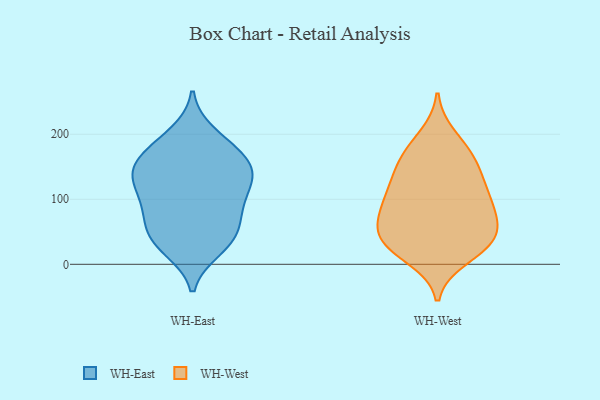
{"axis": {"x": "Humidity (%)", "y": "Value"}, "legend": ["WH-East", "WH-West"], "data": [{"x": "", "y": 86, "type": "WH-East"}, {"x": "", "y": 99, "type": "WH-East"}, {"x": "", "y": 43, "type": "WH-East"}, {"x": "", "y": 68, "type": "WH-East"}, {"x": "", "y": 167, "type": "WH-East"}, {"x": "", "y": 200, "type": "WH-East"}, {"x": "", "y": 37, "type": "WH-East"}, {"x": "", "y": 72, "type": "WH-East"}, {"x": "", "y": 24, "type": "WH-East"}, {"x": "", "y": 141, "type": "WH-East"}, {"x": "", "y": 131, "type": "WH-East"}, {"x": "", "y": 33, "type": "WH-East"}, {"x": "", "y": 140, "type": "WH-East"}, {"x": "", "y": 151, "type": "WH-East"}, {"x": "", "y": 111, "type": "WH-East"}, {"x": "", "y": 168, "type": "WH-East"}, {"x": "", "y": 185, "type": "WH-East"}, {"x": "", "y": 131, "type": "WH-East"}, {"x": "", "y": 37, "type": "WH-West"}, {"x": "", "y": 197, "type": "WH-West"}, {"x": "", "y": 115, "type": "WH-West"}, {"x": "", "y": 101, "type": "WH-West"}, {"x": "", "y": 60, "type": "WH-West"}, {"x": "", "y": 166, "type": "WH-West"}, {"x": "", "y": 38, "type": "WH-West"}, {"x": "", "y": 36, "type": "WH-West"}, {"x": "", "y": 139, "type": "WH-West"}, {"x": "", "y": 10, "type": "WH-West"}, {"x": "", "y": 20, "type": "WH-West"}, {"x": "", "y": 88, "type": "WH-West"}, {"x": "", "y": 87, "type": "WH-West"}, {"x": "", "y": 31, "type": "WH-West"}, {"x": "", "y": 59, "type": "WH-West"}, {"x": "", "y": 104, "type": "WH-West"}, {"x": "", "y": 136, "type": "WH-West"}, {"x": "", "y": 177, "type": "WH-West"}, {"x": "", "y": 157, "type": "WH-West"}, {"x": "", "y": 68, "type": "WH-West"}]}